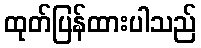
ထုတ်ပြန်ထားပါသည်